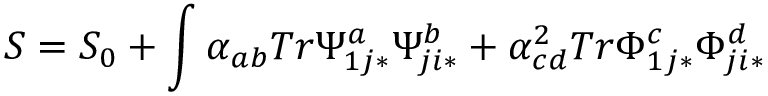
S = S _ { 0 } + \int \alpha _ { a b } T r \Psi _ { 1 j * } ^ { a } \Psi _ { j i * } ^ { b } + \alpha _ { c d } ^ { 2 } T r \Phi _ { 1 j * } ^ { c } \Phi _ { j i * } ^ { d }